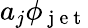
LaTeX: a_{j}\phi_{\mathrm{~j~e~t~}}